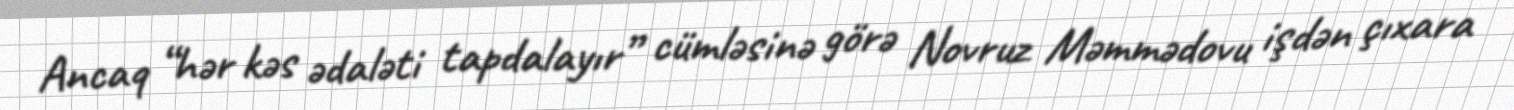
Ancaq “hər kəs ədaləti tapdalayır” cümləsinə görə Novruz Məmmədovu işdən çıxara